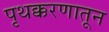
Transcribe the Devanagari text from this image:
पृथक्करणातून